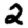
Digit: 2